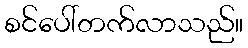
စင်ပေါ်တက်လာသည်။